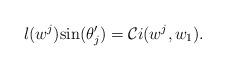
LaTeX: \begin{align*} l(w^j)\mathrm{sin}(\theta_j') = \mathcal{C}i(w^j,w_1).\end{align*}